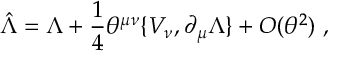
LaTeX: \hat { \Lambda } = \Lambda + \frac { 1 } { 4 } \theta ^ { \mu \nu } \{ V _ { \nu } , \partial _ { \mu } \Lambda \} + { \cal O } ( \theta ^ { 2 } ) ~ ,